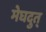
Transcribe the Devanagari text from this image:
मेघदुत्